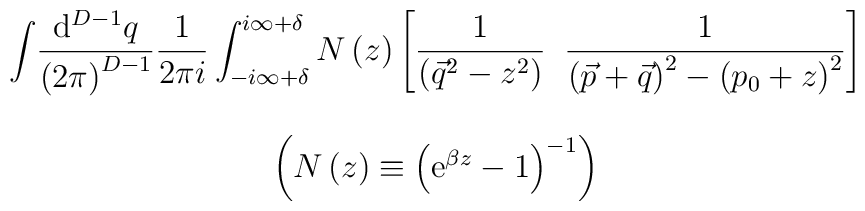
\begin{array}{ccc}{}&\displaystyle{\int}\displaystyle{\frac{{\rm d}^{D-1} q}{\left(2 \pi\right)^{D-1}}}\displaystyle{\frac{1}{2\pi i}} \int_{-i\infty+\delta}^{i\infty+\delta}N\left(z\right)\left[\displaystyle{\frac{1}{\left(\vec q^2-z^2\right)}}\;\;\displaystyle{\frac{1}{\left(\vec p+\vec q\right)^2-\left(p_0+z\right)^2}}\right]&{}\\{}&{}&{}\\{}&\left(N\left(z\right)\equiv\left({\rm e}^{\beta z}-1\right)^{-1}\right)&{}\end{array}